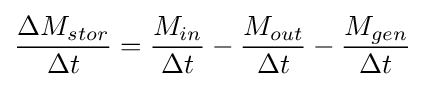
{\frac {\Delta M_{stor}}{\Delta t}}={\frac {M_{in}}{\Delta t}}-{\frac {M_{out}}{\Delta t}}-{\frac {M_{gen}}{\Delta t}}